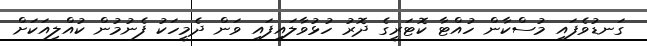
ގަނޑުވެފައި މުސްކާން ހުއްޓާ ކޮޓަރީގެ ދޮރު ހުޅުވާލައިފައި ވަން ދެމީހަކު ފެނުމުން ކުއްލިއަކަށް